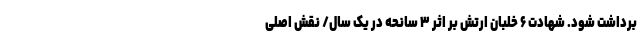
برداشت شود. شهادت ۶ خلبان ارتش بر اثر ۳ سانحه در یک سال/ نقش اصلی